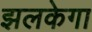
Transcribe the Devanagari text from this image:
झलकेगा